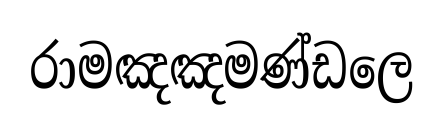
රාමඤඤමණ්ඩලෙ